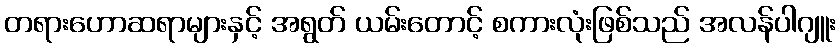
တရားဟောဆရာများနှင့် အရွတ် ယမ်းတောင့် စကားလုံးဖြစ်သည် အလန်ပါဂျူး